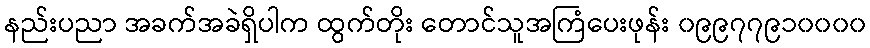
နည်းပညာ အခက်အခဲရှိပါက ထွက်တိုး တောင်သူအကြံပေးဖုန်း ၀၉၉၇၇၉၁၀၀၀၀